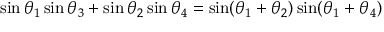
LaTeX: \sin \theta _ { 1 } \sin \theta _ { 3 } + \sin \theta _ { 2 } \sin \theta _ { 4 } = \sin ( \theta _ { 1 } + \theta _ { 2 } ) \sin ( \theta _ { 1 } + \theta _ { 4 } )